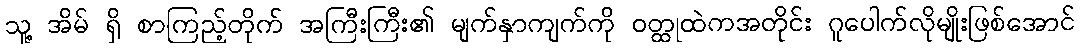
သူ့ အိမ် ရှိ စာကြည့်တိုက် အကြီးကြီး၏ မျက်နှာကျက်ကို ဝတ္ထုထဲကအတိုင်း ဂူပေါက်လိုမျိုးဖြစ်အောင်